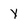
Character: y